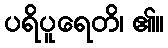
ပရိပူရေတိ၊ ၏။